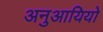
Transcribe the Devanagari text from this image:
अनुआयियो